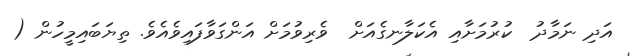
އަދި ނަމާދު  ކުރުމަށާއި އެކަލާނގެއަށް  ވެރިވުމަށް އަންގަވާފައިވެއެވެ. ތިޔަބައިމީހުން (